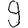
Digit: 9